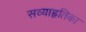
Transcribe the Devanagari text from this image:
सव्याहृतिका